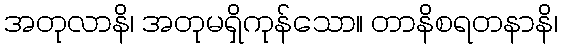
အတုလာနိ၊ အတုမရှိကုန်သော။ တာနိစရတနာနိ၊